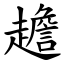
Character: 䟋